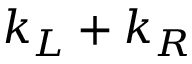
k _ { L } + k _ { R }